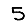
Digit: 5